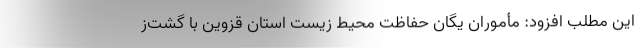
این مطلب افزود: مأموران یگان حفاظت محیط زیست استان قزوین با گشت‌ز